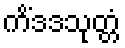
ကိံဒဒသုတ္တံ